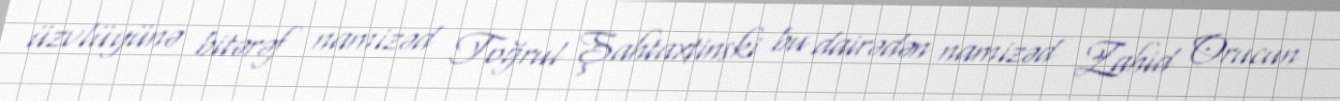
üzvlüyünə bitərəf namizəd Toğrul Şahtaxtinski bu dairədən namizəd Zahid Orucun